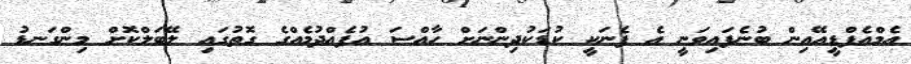
އެމްއެފްޑީއޭއިން ބުނެފައިވަނީ އެ ފެނަކީ ކުޑަކުދިންނަަށް ހާއްސަ އުފެއްދުމެއްގެ ގޮތުގައި ލޭބަލްކޮށް މިންގަނޑު